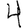
Digit: 4